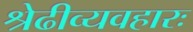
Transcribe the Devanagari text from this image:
श्रेढीव्यवहारः